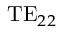
\mathrm { T E } _ { 2 2 }